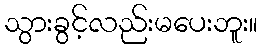
သွားခွင့်လည်းမပေးဘူး။